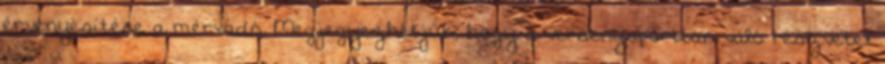
érvényesítése a mérvadó. Megjegyezhetjük, hogy a versenysportban való részvétel